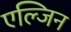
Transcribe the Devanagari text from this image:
एल्जिन